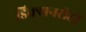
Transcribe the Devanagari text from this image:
डिक्शनरीही